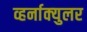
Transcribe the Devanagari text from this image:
व्हर्नाक्‍युलर